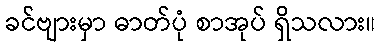
ခင်ဗျားမှာ ဓာတ်ပုံ စာအုပ် ရှိသလား။